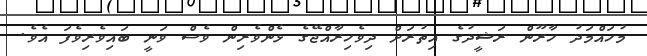
މުހައްމަދު ހާރޫން ރަޝީދުގެ އިތުރަށް ދިވެހިރާއްޖޭގެ ޅެންވެރިން ވެސް ވަނީ ބައިވެރިވެފަ އެވެ.